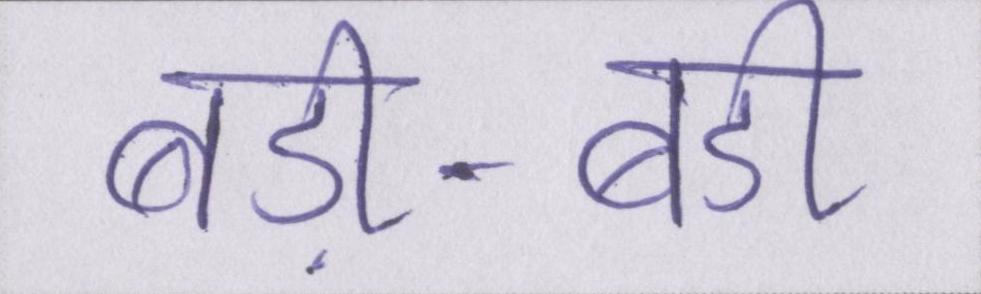
बड़ी-बड़ी